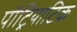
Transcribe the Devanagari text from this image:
पौट्रियाटिक